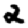
Digit: 2